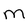
Character: M